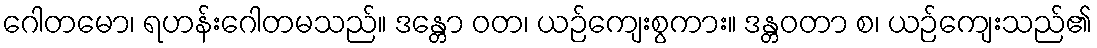
ဂေါတမော၊ ရဟန်းဂေါတမသည်။ ဒန္တော ဝတ၊ ယဉ်ကျေးစွကား။ ဒန္တဝတာ စ၊ ယဉ်ကျေးသည်၏